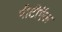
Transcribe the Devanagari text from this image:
पीटीऍल